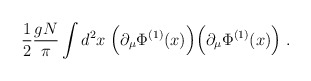
\begin{align*}\frac{1}{2} \frac{gN}{\pi}\int d^2x \; \Big( \partial_\mu \Phi^{(1)}(x) \Big)\Big( \partial_\mu \Phi^{(1)}(x) \Big) \; .\end{align*}